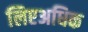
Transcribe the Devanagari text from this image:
लिएअधिक